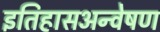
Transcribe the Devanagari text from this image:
इतिहासअन्वेषण